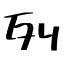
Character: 列